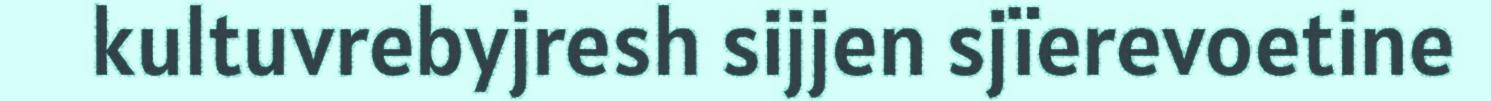
kultuvrebyjresh sijjen sjïerevoetine